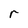
Character: r